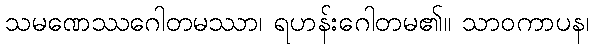
သမဏေဿဂေါတမဿာ၊ ရဟန်းဂေါတမ၏။ သာဝကာပန၊